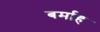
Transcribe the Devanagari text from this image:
बर्माह